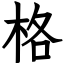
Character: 格